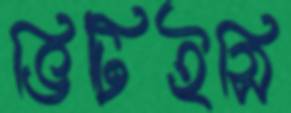
ভিটিইসি